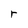
Character: r